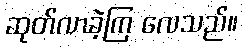
ဆုတ်လာခဲ့ကြ လေသည်။